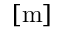
[ \mathrm { m } ]